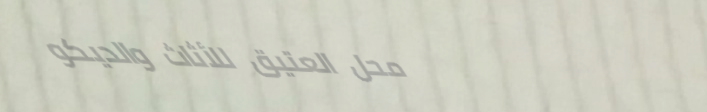
محل العتيق للأثاث والديكو